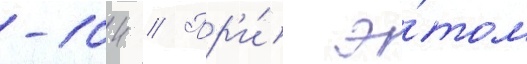
-104 // Пр'и́ э́том